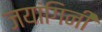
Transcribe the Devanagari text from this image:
जयांगिनी